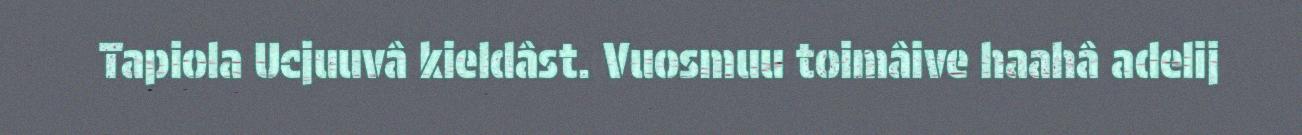
Tapiola Ucjuuvâ kieldâst. Vuosmuu toimâive haahâ adelij